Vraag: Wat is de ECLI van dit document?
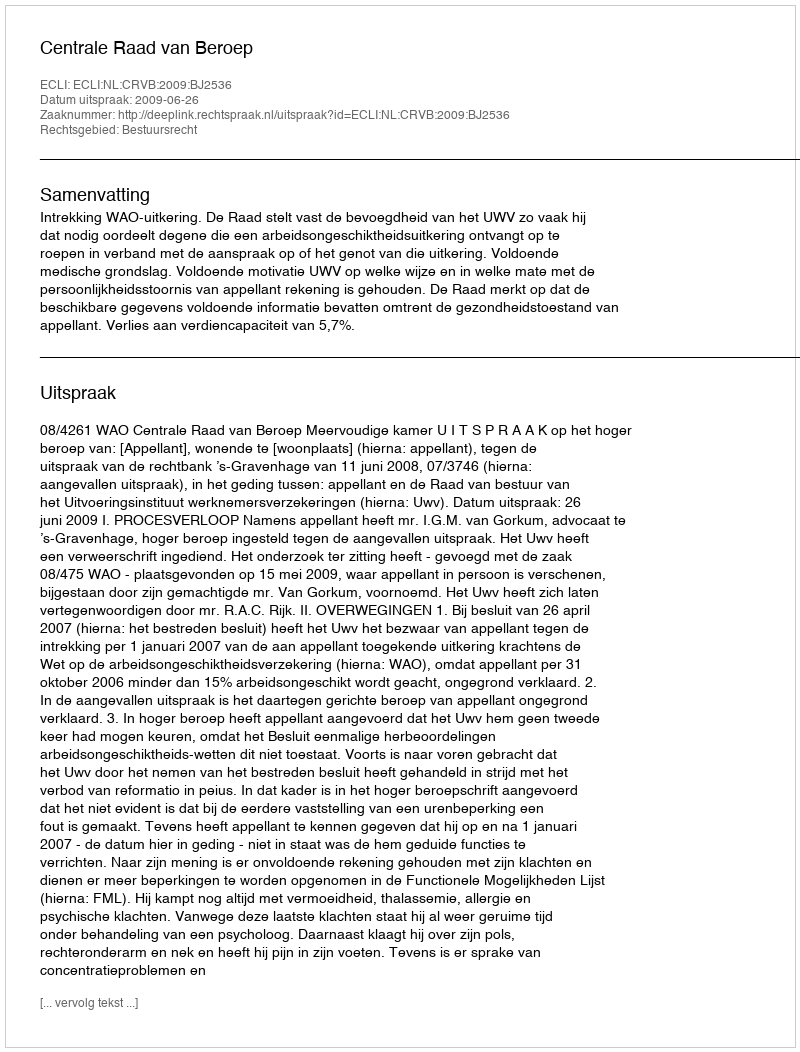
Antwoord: ECLI:NL:CRVB:2009:BJ2536